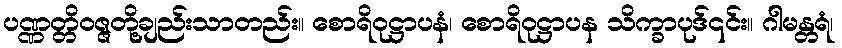
ပဏ္ဏတ္တိဝဇ္ဇတို့ချည်းသာတည်း။ စောရိဝုဋ္ဌာပနံ၊ စောရိဝုဋ္ဌာပန သိက္ခာပုဒ်၎င်း။ ဂါမန္တရံ၊